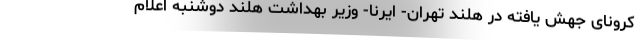
کرونای جهش یافته در هلند تهران- ایرنا- وزیر بهداشت هلند دوشنبه اعلام